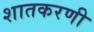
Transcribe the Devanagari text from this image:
शातकरणी